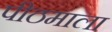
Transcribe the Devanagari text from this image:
पीठमाला